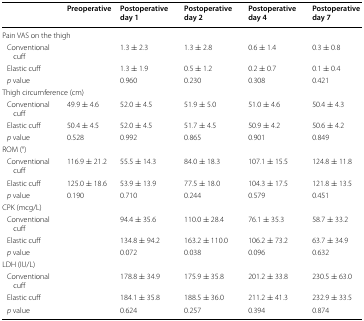
|  | Preoperative | Postoperative day 1 | Postoperative day 2 | Postoperative day 4 | Postoperative day 7 |
 | --- | --- | --- | --- | --- | --- |
 | <COLSPAN=6> Pain VAS on the thigh |
 | Conventional cuff |  | 1.3 ± 2.3 | 1.3 ± 2.8 | 0.6 ± 1.4 | 0.3 ± 0.8 |
 | Elastic cuff |  | 1.3 ± 1.9 | 0.5 ± 1.2 | 0.2 ± 0.7 | 0.1 ± 0.4 |
 | p value |  | 0.960 | 0.230 | 0.308 | 0.421 |
 | <COLSPAN=6> Thigh circumference (cm) |
 | Conventional cuff | 49.9 ± 4.6 | 52.0 ± 4.5 | 51.9 ± 5.0 | 51.0 ± 4.6 | 50.4 ± 4.3 |
 | Elastic cuff | 50.4 ± 4.5 | 52.0 ± 4.5 | 51.7 ± 4.5 | 50.9 ± 4.2 | 50.6 ± 4.2 |
 | p value | 0.528 | 0.992 | 0.865 | 0.901 | 0.849 |
 | <COLSPAN=6> ROM (°) |
 | Conventional cuff | 116.9 ± 21.2 | 55.5 ± 14.3 | 84.0 ± 18.3 | 107.1 ± 15.5 | 124.8 ± 11.8 |
 | Elastic cuff | 125.0 ± 18.6 | 53.9 ± 13.9 | 77.5 ± 18.0 | 104.3 ± 17.5 | 121.8 ± 13.5 |
 | p value | 0.190 | 0.710 | 0.244 | 0.579 | 0.451 |
 | <COLSPAN=6> CPK (mcg/L) |
 | Conventional cuff |  | 94.4 ± 35.6 | 110.0 ± 28.4 | 76.1 ± 35.3 | 58.7 ± 33.2 |
 | Elastic cuff |  | 134.8 ± 94.2 | 163.2 ± 110.0 | 106.2 ± 73.2 | 63.7 ± 34.9 |
 | p value |  | 0.072 | 0.038 | 0.096 | 0.632 |
 | <COLSPAN=6> LDH (IU/L) |
 | Conventional cuff |  | 178.8 ± 34.9 | 175.9 ± 35.8 | 201.2 ± 33.8 | 230.5 ± 63.0 |
 | Elastic cuff |  | 184.1 ± 35.8 | 188.5 ± 36.0 | 211.2 ± 41.3 | 232.9 ± 33.5 |
 | p value |  | 0.624 | 0.257 | 0.394 | 0.874 |